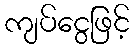
ကျပ်ငွေဖြင့်